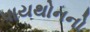
પાયથોનનો